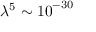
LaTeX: \lambda ^ { 5 } \sim \mathrm { { 1 0 } } ^ { - 3 0 }